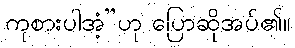
ကုစားပါအံ့”ဟု ပြောဆိုအပ်၏။